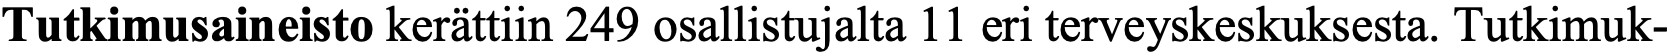
Tutkimusaineisto kerättiin 249 osallistujalta 11 eri terveyskeskuksesta. Tutkimuk-